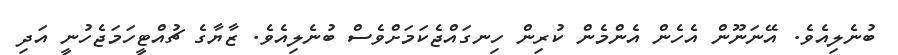
ބުނެލިއެވެ. އޭނަނޫން އެހެން އެންމެން ކުރިން ހިނގައްޖެކަމަށްވެސް ބުނެލިއެވެ. ޒާޔާގެ ޗުއްޓީހަމަޖެހުނީ އަދި